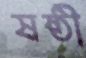
ষষ্ঠী